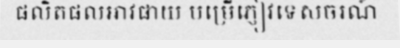
ផលិតផលអាវផាយ បម្រើភ្ញៀវទេសចរណ៍